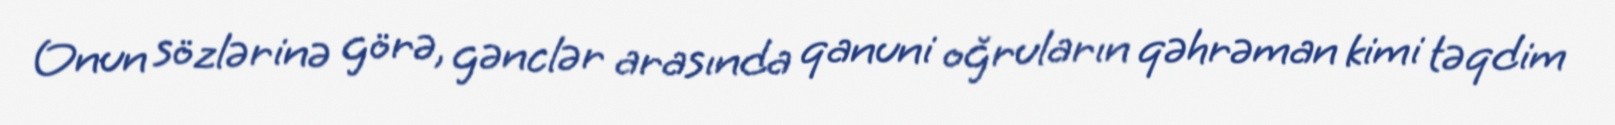
Onun sözlərinə görə, gənclər arasında qanuni oğruların qəhrəman kimi təqdim